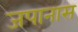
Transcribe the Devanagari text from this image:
जपानास